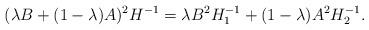
LaTeX: \begin{align*} (\lambda B+(1-\lambda) A)^{2} H^{-1} = \lambda B^2 H_{1}^{-1}+(1-\lambda)A^2 H_{2}^{-1}. \end{align*}